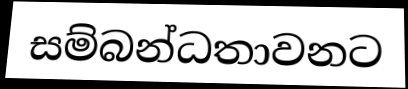
සම්බන්ධතාවනට